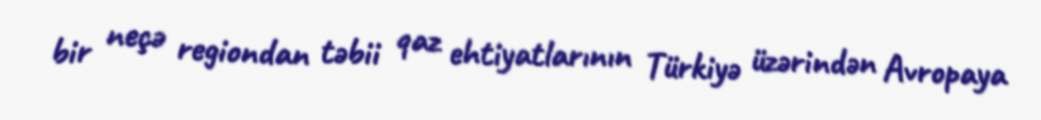
bir neçə regiondan təbii qaz ehtiyatlarının Türkiyə üzərindən Avropaya